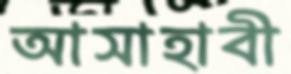
আসাহাবী